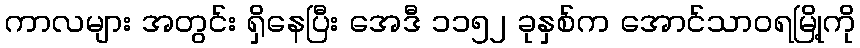
ကာလများ အတွင်း ရှိနေပြီး အေဒီ ၁၁၅၂ ခုနှစ်က အောင်သာဝရမြို့ကို